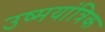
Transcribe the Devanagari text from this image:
उष्मयांत्रिक